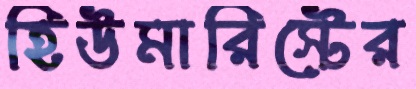
হিউমারিস্টের